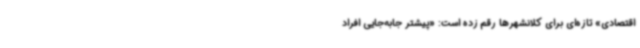
اقتصادی» تازه‌ای برای کلانشهرها رقم زده است: «پیشتر جابه‌جایی افراد